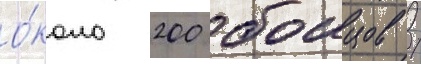
о́коло 200 боицов /